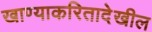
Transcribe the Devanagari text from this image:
खाण्याकरितादेखील